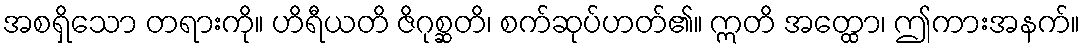
အစရှိသော တရားကို။ ဟိရီယတိ ဇိဂုစ္ဆတိ၊ စက်ဆုပ်ဟတ်၏။ ဣတိ အတ္ထော၊ ဤကားအနက်။